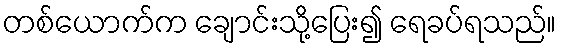
တစ်ယောက်က ချောင်းသို့ပြေး၍ ရေခပ်ရသည်။